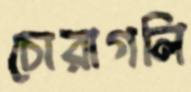
চোরাগলি